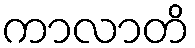
ကာလာတိ